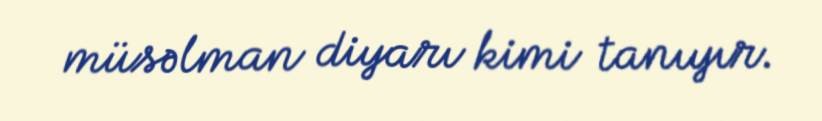
müsəlman diyarı kimi tanıyır.